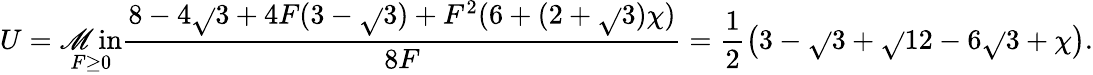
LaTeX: U=\operatorname*{\mathscr{M}in}_{F\geq0}\frac{{8-4\sqrt{}{{3}}+4F(3-\sqrt{}{{3}})+F^{2}(6+(2+\sqrt{}{{3}})\chi)}}{{8F}}=\frac{{1}}{{2}}\left(3-\sqrt{}{{3}}+\sqrt{}{{12-6\sqrt{}{{3}}+\chi}}\right).